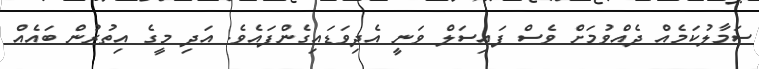
ސަމާލުކަމެއް ދެއްވުމަށް ވެސް ފައިސަލް ވަނީ އެދިވަޑައިގެންފައެވެ. އަދި މީގެ އިތުރުން ބައެއް